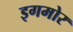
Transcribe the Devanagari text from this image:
इगमोर